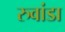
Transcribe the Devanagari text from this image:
रुवांडा